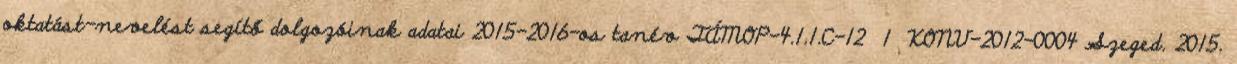
oktatást-nevelést segítő dolgozóinak adatai 2015-2016-os tanév TÁMOP-4.1.1.C-12 1 KONV-2012-0004 Szeged. 2015.